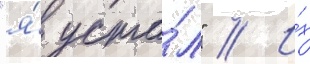
"я́ уста́л" // И́х